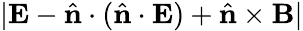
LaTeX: |{\mathbf E}-\hat{\mathbf n}\cdot(\hat{\mathbf n}\cdot{\mathbf E})+\hat{\mathbf n}\times{\mathbf B}|